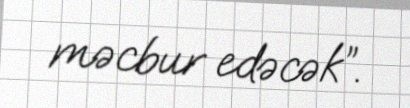
məcbur edəcək”.